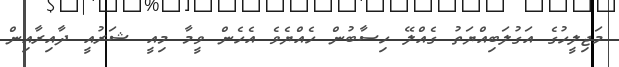
މަޖިލީހުގެ އަގުލަބިއްޔަތު ގެއްލޭ ހިސާބުން ހެއްޔެވެ އެހެން ވީމާ މިއީ ޝަރުއީ ދާއިރާއިން